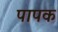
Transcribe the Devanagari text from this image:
पापक